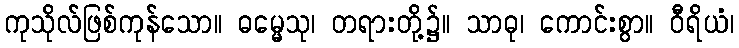
ကုသိုလ်ဖြစ်ကုန်သော။ ဓမ္မေသု၊ တရားတို့၌။ သာဓု၊ ကောင်းစွာ။ ဝီရိယံ၊